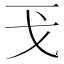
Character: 𢦌